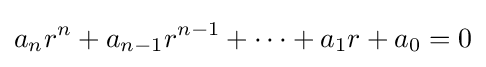
a_{n}r^{n}+a_{n-1}r^{n-1}+\cdots +a_{1}r+a_{0}=0